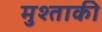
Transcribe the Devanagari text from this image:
मुश्ताकी